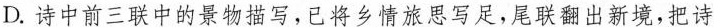
D.诗中前三联中的景物描写，已将乡情旅思写足，尾联翻出新境，把诗